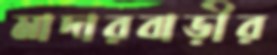
মাদারবাড়ীর